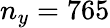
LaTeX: n_{y}=765